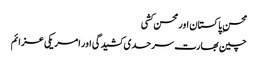
محسن ِ پاکستان اور محسن کشی
چین بھارت سرحدی کشیدگی اور امریکی عزائم